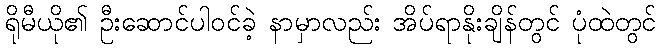
ရိုမီယို၏ ဦးဆောင်ပါဝင်ခဲ့ နာမှာလည်း အိပ်ရာနိုးချိန်တွင် ပုံထဲတွင်